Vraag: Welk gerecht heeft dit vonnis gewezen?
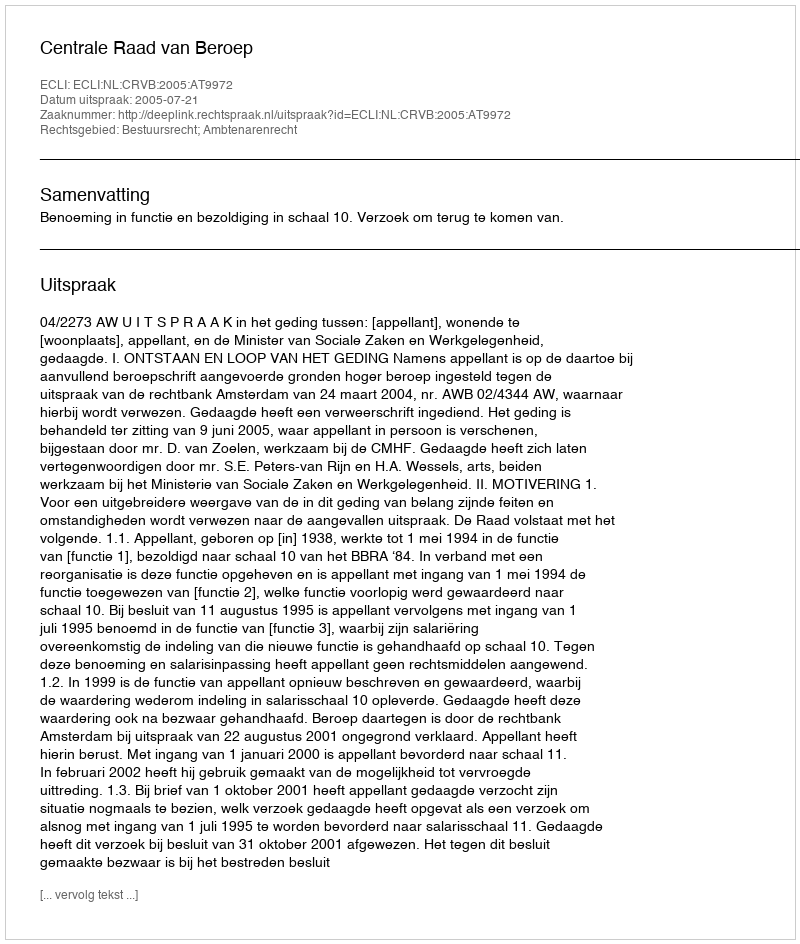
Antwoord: Centrale Raad van Beroep